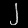
Digit: ၂